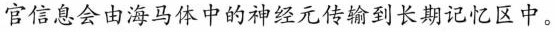
官信息会由海马体中的神经元传输到长期记忆区中。